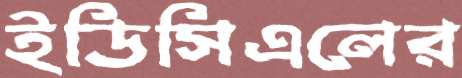
ইডিসিএলের